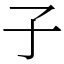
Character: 子